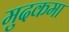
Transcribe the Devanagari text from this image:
मुदकमा